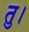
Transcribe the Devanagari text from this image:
तु।